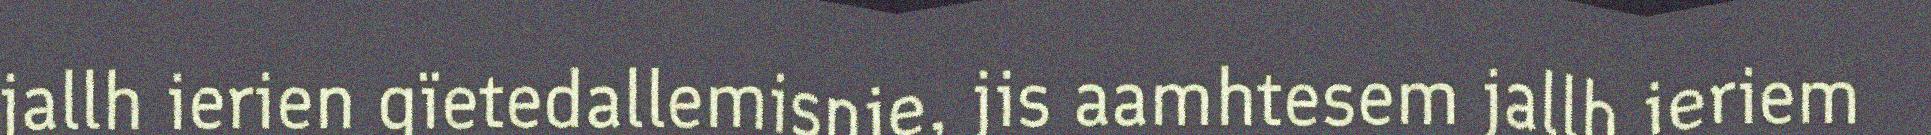
jallh ierien gïetedallemisnie, jis aamhtesem jallh ieriem